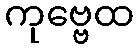
ကုဗ္ဗေထ